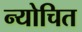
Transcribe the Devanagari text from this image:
न्योचित